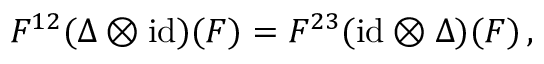
F ^ { 1 2 } ( \Delta \otimes \mathrm { i d } ) ( F ) = F ^ { 2 3 } ( \mathrm { i d } \otimes \Delta ) ( F ) \, ,